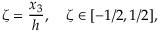
\zeta = \frac { x _ { 3 } } { h } , \quad \zeta \in [ - 1 / 2 , 1 / 2 ] ,